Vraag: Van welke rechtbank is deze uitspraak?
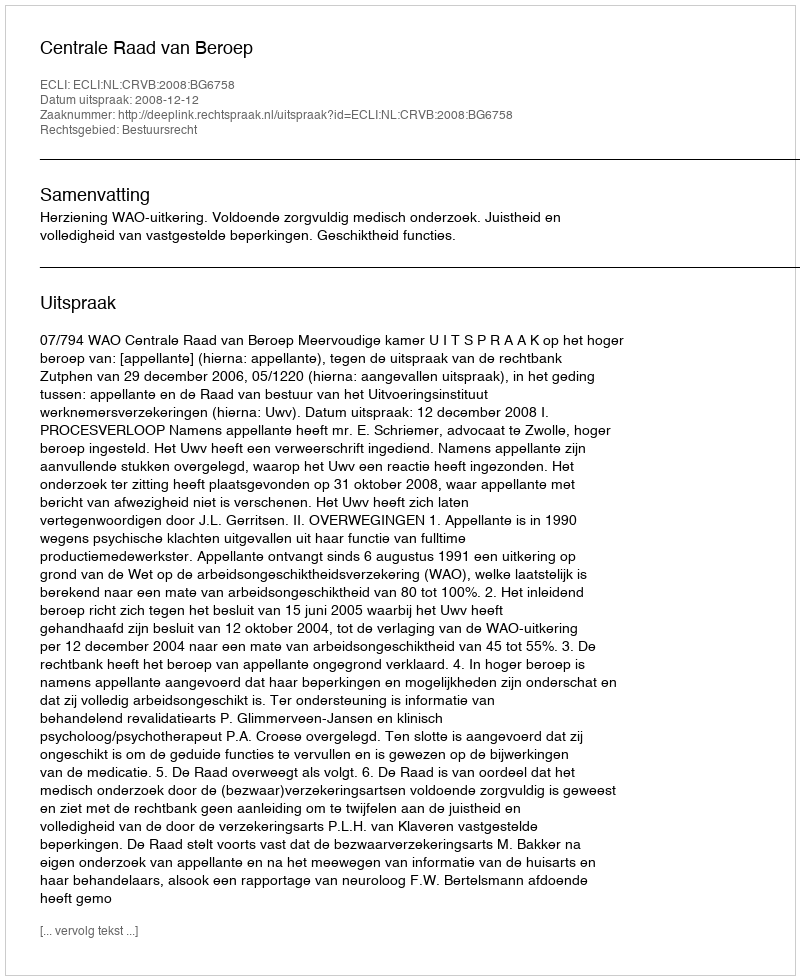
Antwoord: Centrale Raad van Beroep